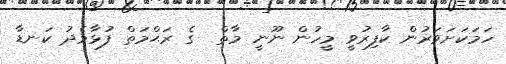
ހަމަކަށަވަރުން ކާފިރުވީ މީހުން ނޫނީ މާތް  ގެ ރަޙްމަތް ފުޅާމެދު ކަނޑާ